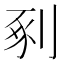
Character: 剢